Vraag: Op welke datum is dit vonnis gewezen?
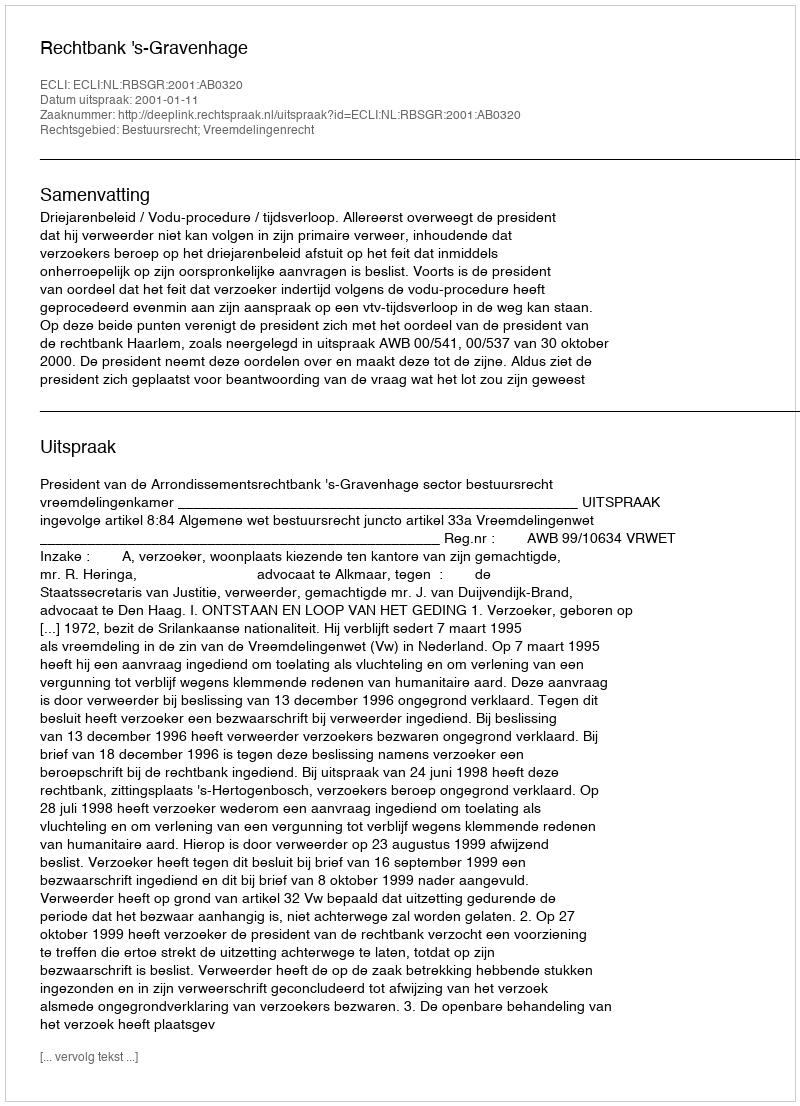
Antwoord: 2001-01-11